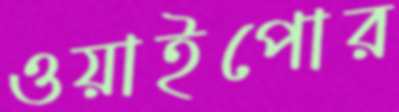
ওয়াইপোর